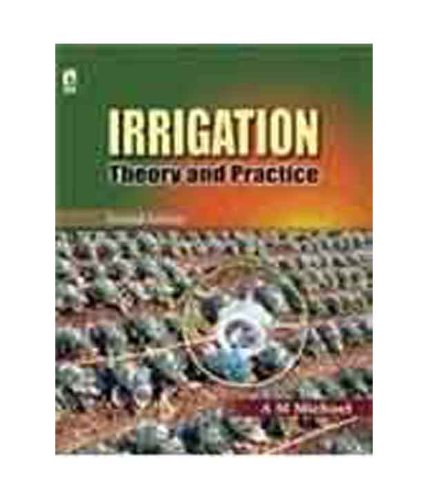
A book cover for Irrigation Theory And Practice - 2Nd Edn; A.M. Michael; Science & Math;